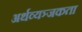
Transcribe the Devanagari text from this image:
अर्थव्यञ्जकता